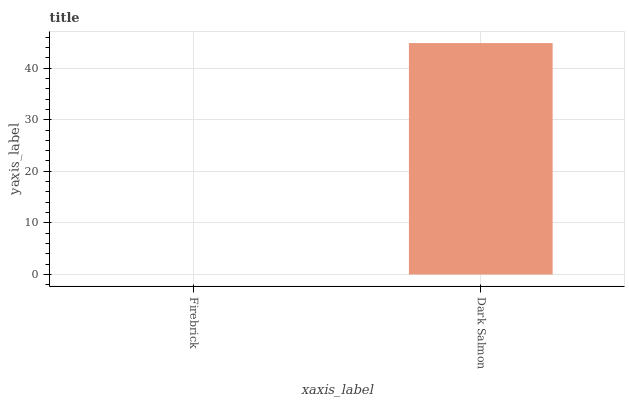
| xaxis_label | bars |
 | --- | --- |
 | Firebrick | 0 |
 | Dark Salmon | 44.9 |